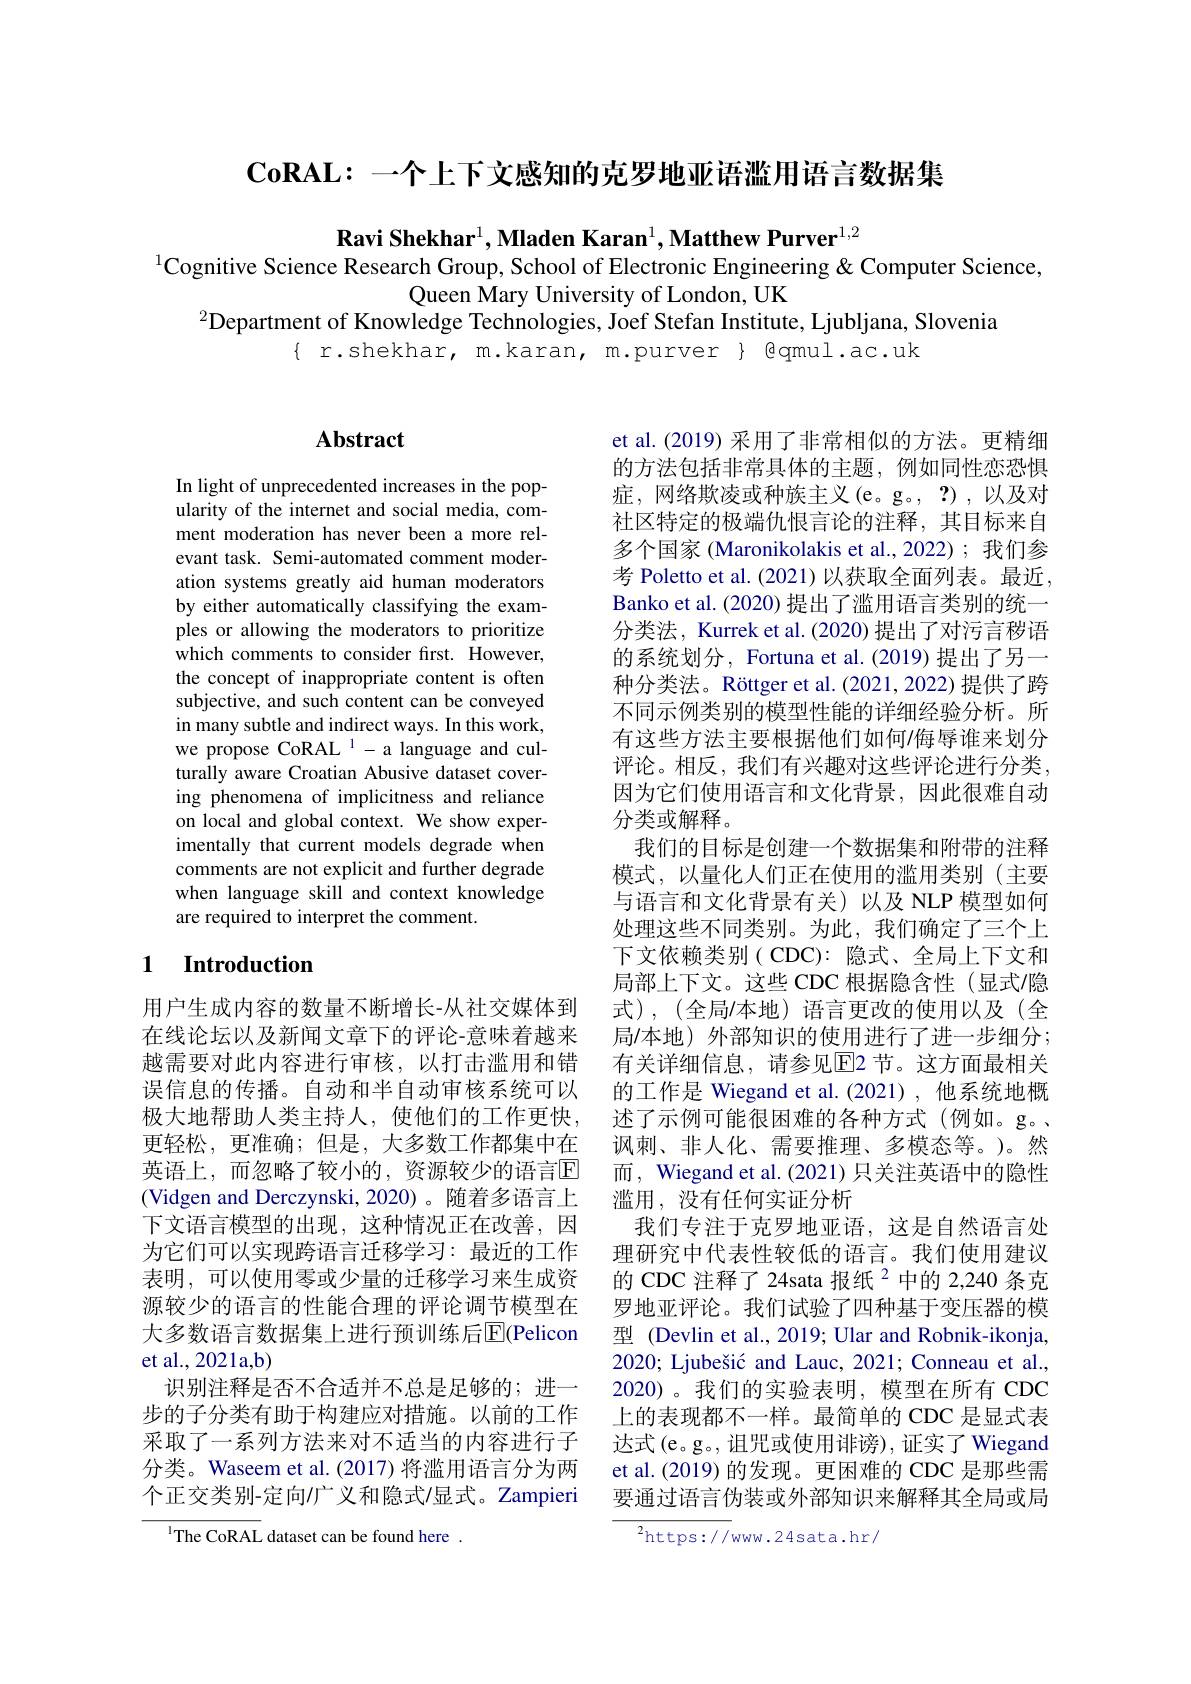
$\mathbf{CoRAL:-个上下文感知的克罗地亚语滥用语言数据集}$

Ravi Shekhar$^1,\textbf{Mladen Karan}^1,\textbf{Matthew Purver}^{1,2}$
$^{1}$Cognitive Science Research Group, School of Electronic Engineering & Computer Science,
Queen Mary University of London, UK
$^{2}$Department of Knowledge Technologies, Joef Stefan Institute, Ljubljana, Slovenia
$\{$ r.shekhar, m.karan, m.purver $\}$ @qmul.ac.uk

## $\mathbf{Abstract}$

In light of unprecedented increases in the popularity of the internet and social media, comment moderation has never been a more relevant task. Semi-automated comment moderation systems greatly aid human moderators by either automatically classifying the examples or allowing the moderators to prioritize which comments to consider first. However, the concept of inappropriate content is often subjective, and such content can be conveyed in many subtle and indirect ways. In this work, we propose CoRAL $^1-$a language and culturally aware Croatian Abusive dataset covering phenomena of implicitness and reliance on local and global context. We show experimentally that current models degrade when comments are not explicit and further degrade when language skill and context knowledge are required to interpret the comment.

## 1 $\textbf{Introduction}$

用户生成内容的数量不断增长-从社交媒体到误信息的传播。自动和半自动审核系统可以极大地帮助人类主持人，使他们的工作更快， 更轻松，更准确；但是，大多数工作都集中在英语上，而忽略了较小的，资源较少的语言$\overline{\mathrm{E}}$ (Vidgen and Derczynski, 2020)。随着多语言上下文语言模型的出现，这种情况正在改善，因为它们可以实现跨语言迁移学习：最近的工作表明，可以使用零或少量的迁移学习来生成资源较少的语言的性能合理的评论调节模型在大多数语言数据集上进行预训练后$\overline{\mathrm{E}}($Pelicon et al., 2021a,b)
识别注释是否不合适并不总是足够的；进一步的子分类有助于构建应对措施。以前的工作采取了一系列方法来对不适当的内容进行子分类。Waseem et al. (2017) 将滥用语言分为两个正交类别-定向广义和隐式/显式。Zampieri

$^{\mathrm{l}}$The CoRAL dataset can be found here .

et al.(2019) 采用了非常相似的方法。更精细的方法包括非常具体的主题，例如同性恋恐惧症，网络欺凌或种族主义(e。g。, ?),以及对社区特定的极端仇恨言论的注释，其目标来自多个国家 (Maronikolakis et al.,2022);我们参考 Poletto et al.(2021)以获取全面列表。最近， Banko et al. (2020) 提出了滥用语言类别的统一分类法，Kurrek et al. (2020) 提出了对污言秽语的系统划分，Fortuna et al.(2019) 提出了另一种分类法。Röttger et al. (2021,2022) 提供了跨不同示例类别的模型性能的详细经验分析。所有这些方法主要根据他们如何/侮辱谁来划分评论。相反，我们有兴趣对这些评论进行分类， 因为它们使用语言和文化背景，因此很难自动分类或解释。
我们的目标是创建一个数据集和附带的注释模式，以量化人们正在使用的滥用类别(主要与语言和文化背景有关)以及 NLP 模型如何处理这些不同类别。为此，我们确定了三个上下文依赖类别( CDC): 隐式、全局上下文和局部上下文。这些 CDC 根据隐含性(显式/隐式),(全局/本地)语言更改的使用以及(全
在线论坛以及新闻文章下的评论-意味着越来 局/本地)外部知识的使用进行了进一步细分； 越需要对此内容进行审核，以打击滥用和错 有关详细信息，请参见$\overline{\mathrm{E}}$2 节。这方面最相关
的工作是 Wiegand et al.(2021), 他系统地概述了示例可能很困难的各种方式(例如。g。、 讽刺、非人化、需要推理、多模态等。)。然而，Wiegand et al.(2021) 只关注英语中的隐性滥用，没有任何实证分析
我们专注于克罗地亚语，这是自然语言处理研究中代表性较低的语言。我们使用建议的 CDC 注释了 24sata 报纸$^{2}$中的 2,240 条克罗地亚评论。我们试验了四种基于变压器的模型 (Devlin et al., 2019; Ular and Robnik-ikonja, 2020; Ljubešić and Lauc, 2021; Conneau et al., 2020)。我们的实验表明，模型在所有 CDC 上的表现都不一样。最简单的 CDC 是显式表达式(e。g。, 诅咒或使用诽谤), 证实了 Wiegand et al.(2019) 的发现。更困难的 CDC 是那些需要通过语言伪装或外部知识来解释其全局或局${{^{2}\mathrm{https://}}}$www.24sata.hr/